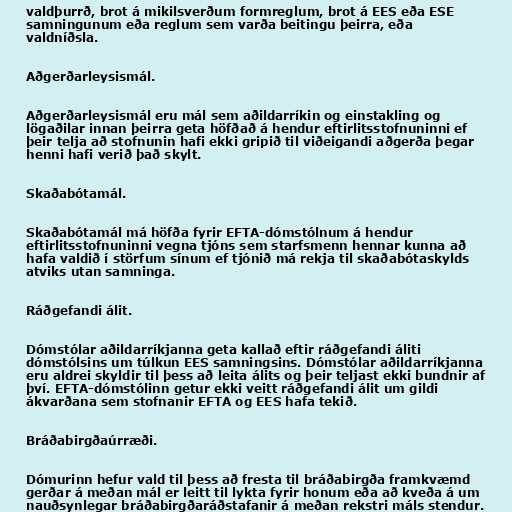
valdþurrð, brot á mikilsverðum formreglum, brot á EES eða ESE
samningunum eða reglum sem varða beitingu þeirra, eða
valdníðsla.

Aðgerðarleysismál.

Aðgerðarleysismál eru mál sem aðildarríkin og einstakling og
lögaðilar innan þeirra geta höfðað á hendur eftirlitsstofnuninni ef
þeir telja að stofnunin hafi ekki gripið til viðeigandi aðgerða þegar
henni hafi verið það skylt.

Skaðabótamál.

Skaðabótamál má höfða fyrir EFTA-dómstólnum á hendur
eftirlitsstofnuninni vegna tjóns sem starfsmenn hennar kunna að
hafa valdið í störfum sínum ef tjónið má rekja til skaðabótaskylds
atviks utan samninga.

Ráðgefandi álit.

Dómstólar aðildarríkjanna geta kallað eftir ráðgefandi áliti
dómstólsins um túlkun EES samningsins. Dómstólar aðildarríkjanna
eru aldrei skyldir til þess að leita álits og þeir teljast ekki bundnir af
því. EFTA-dómstólinn getur ekki veitt ráðgefandi álit um gildi
ákvarðana sem stofnanir EFTA og EES hafa tekið.

Bráðabirgðaúrræði.

Dómurinn hefur vald til þess að fresta til bráðabirgða framkvæmd
gerðar á meðan mál er leitt til lykta fyrir honum eða að kveða á um
nauðsynlegar bráðabirgðaráðstafanir á meðan rekstri máls stendur.